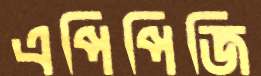
এপিপিজি